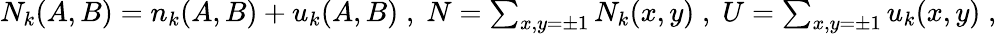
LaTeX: \begin{array}{r}{N_{k}(A,B)=n_{k}(A,B)+u_{k}(A,B)\; ,\; N=\sum_{x,y=\pm 1}N_{k}(x,y)\; ,\; U=\sum_{x,y=\pm 1}u_{k}(x,y)\; ,}\end{array}